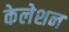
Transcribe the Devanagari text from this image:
केलेशन